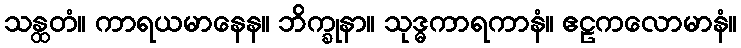
သန္ထတံ။ ကာရယမာနေန။ ဘိက္ခုနာ။ သုဒ္ဓကာရကာနံ။ ဧဠကလောမာနံ။